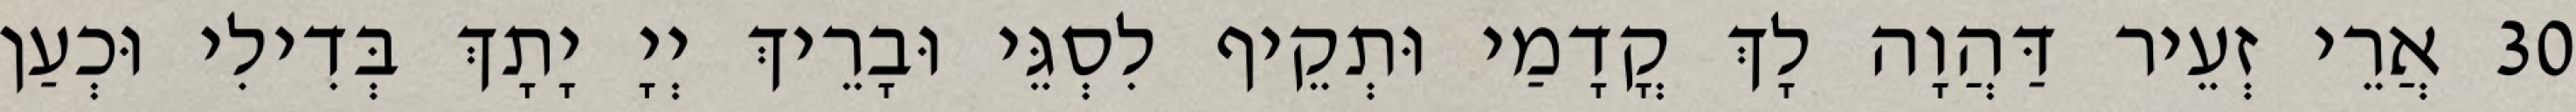
30 אֲרֵי זְעֵיר דַּהֲוָה לָךְ קֳדָמַי וּתְקֵיף לִסְגֵּי וּבָרֵיךְ יְיָ יָתָךְ בְּדִילִי וּכְעַן